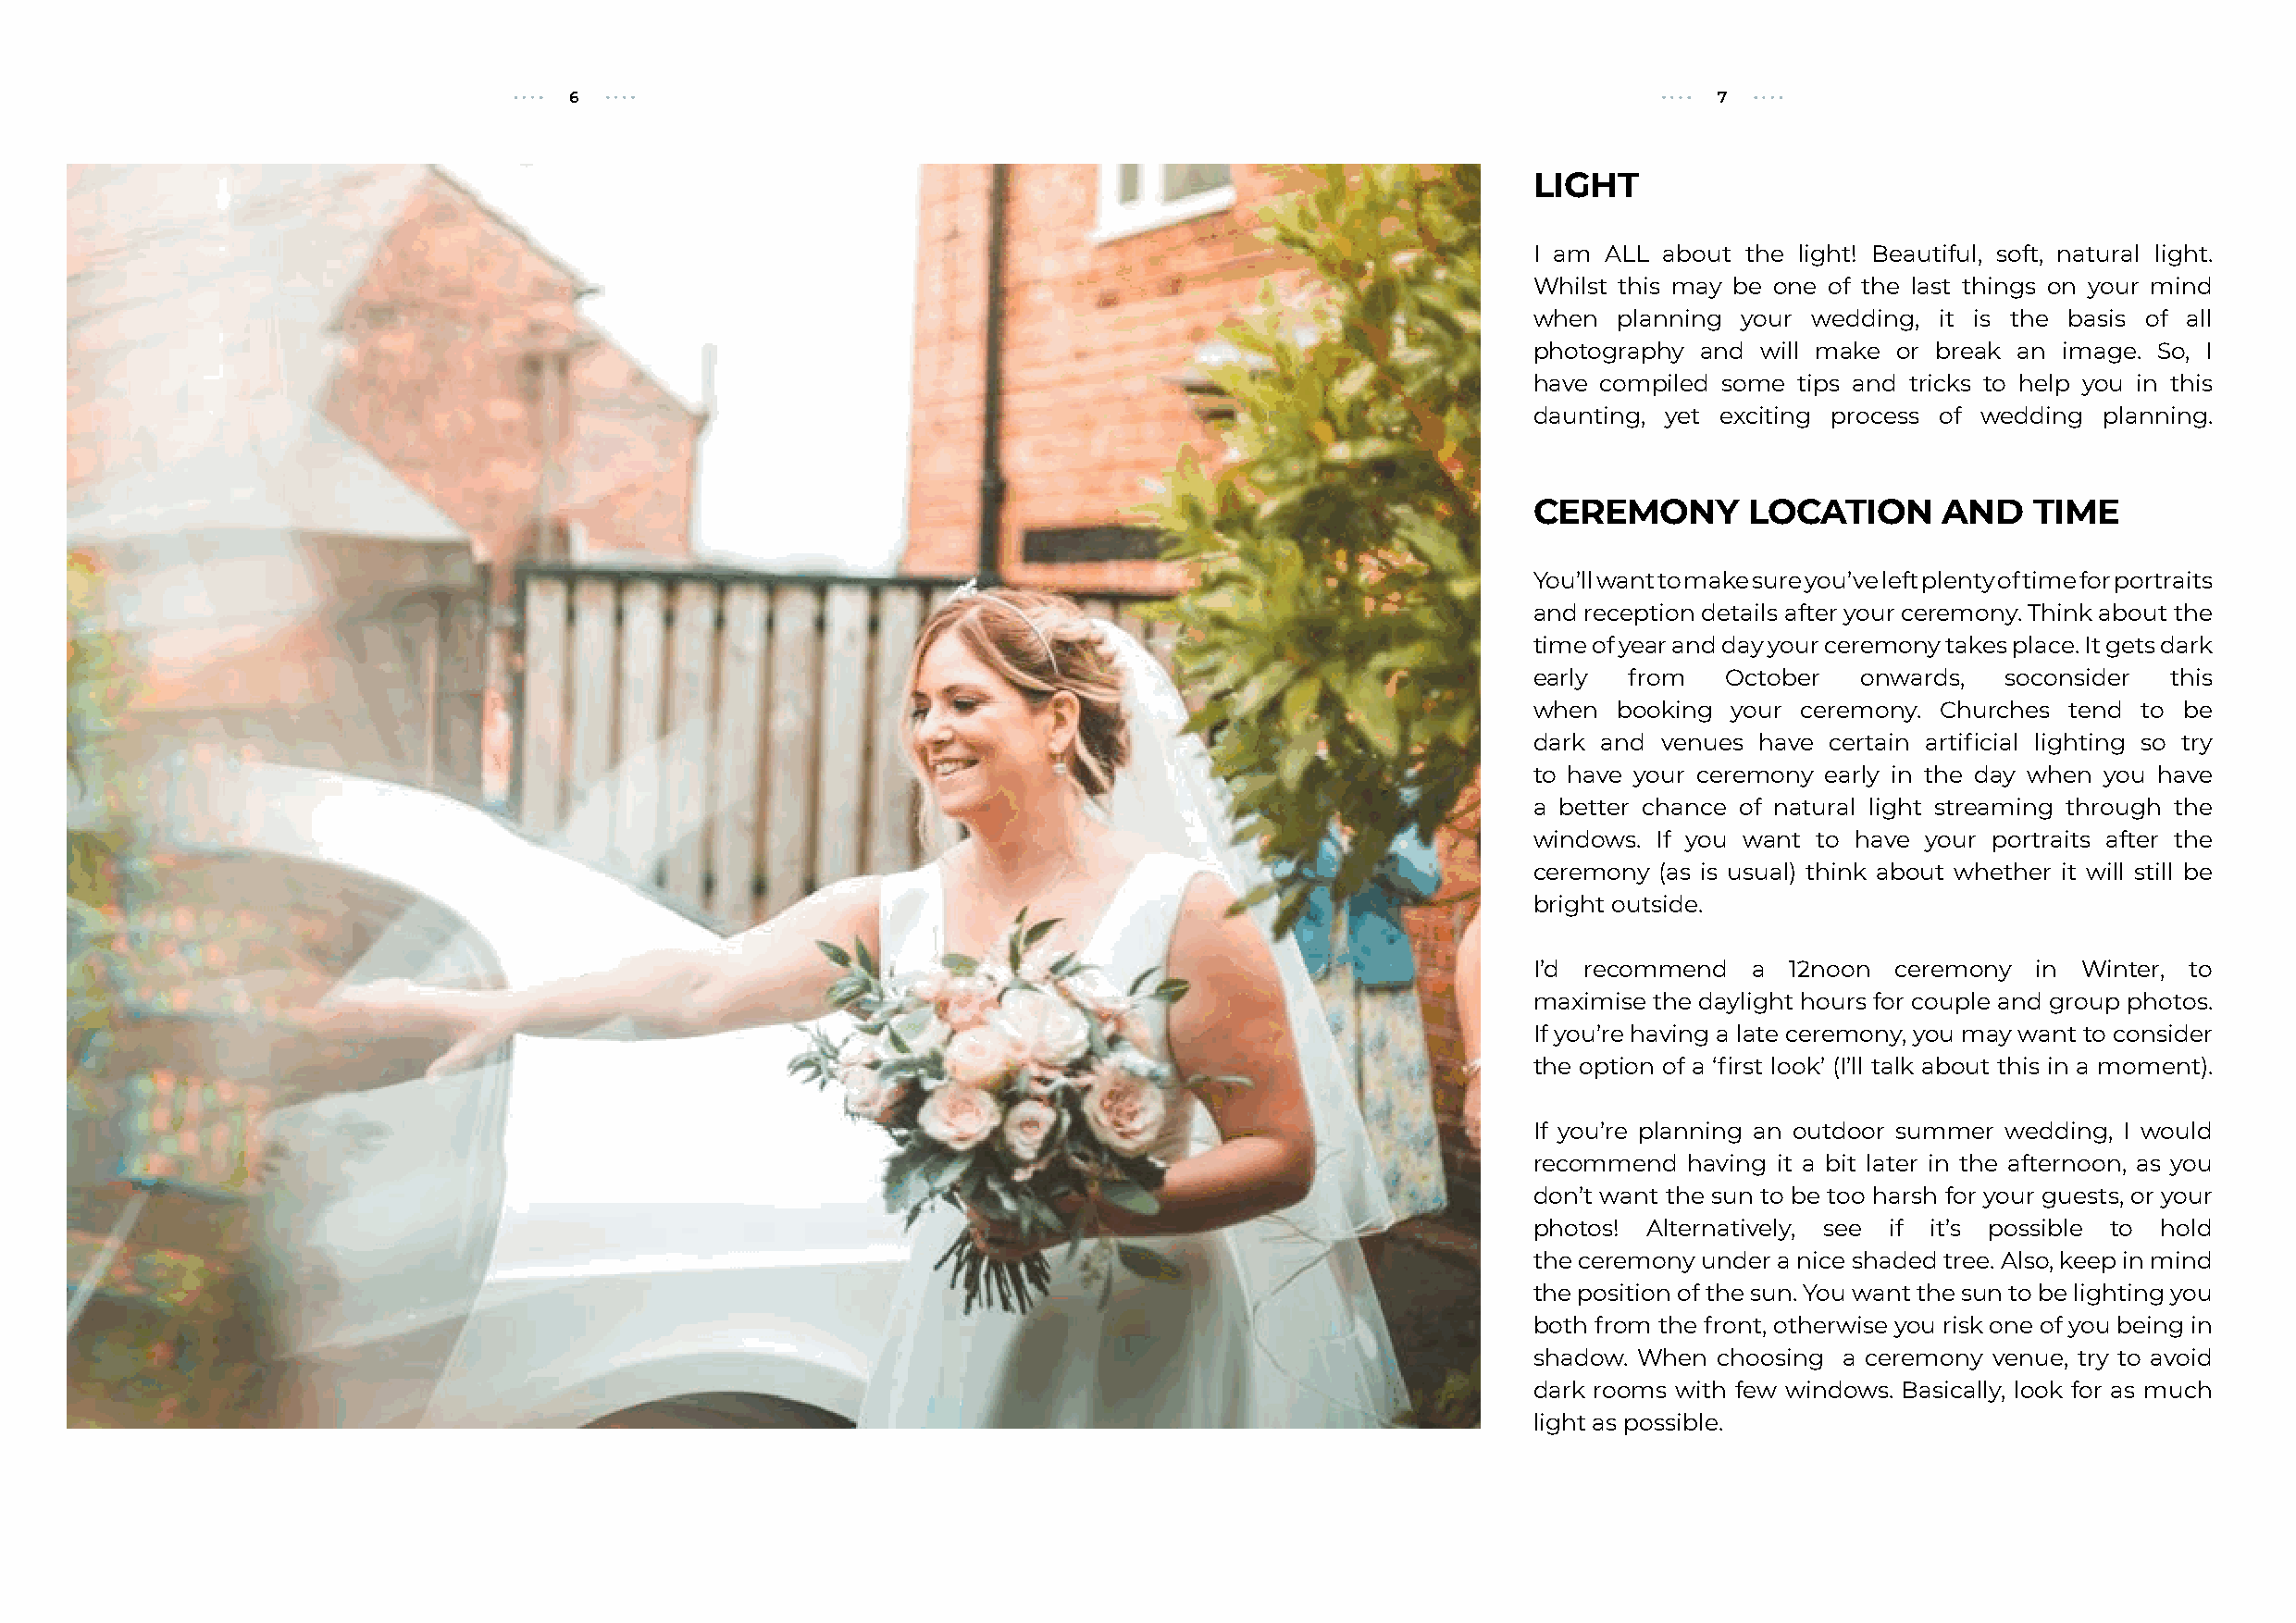
6                                                                                 7
 LIGHT
 I am ALL about the light! Beautiful, soft, natural light.
 Whilst this may be one of the last things on your mind
 when  planning your wedding, it is the basis of all
 photography and will make or break an image. So, I
 have compiled some tips and tricks to help you in this
 daunting, yet exciting process of wedding planning.
 CEREMONY       LOCATION      AND   TIME
 You’ll want to make sure you’ve left plenty of time for portraits
 and reception details after your ceremony. Think about the
 time of year and day your ceremony takes place. It gets dark
 early from   October   onwards,  soconsider  this
 when  booking your ceremony. Churches tend to be
 dark and venues have certain artificial lighting so try
 to have your ceremony early in the day when you have
 a better chance of natural light streaming through the
 windows. If you want to have your portraits after the
 ceremony (as is usual) think about whether it will still be
 bright outside.
 I’d recommend  a  12noon  ceremony  in Winter, to
 maximise the daylight hours for couple and group photos.
 If you’re having a late ceremony, you may want to consider
 the option of a ‘first look’ (I’ll talk about this in a moment).
 If you’re planning an outdoor summer wedding, I would
 recommend  having it a bit later in the afternoon, as you
 don’t want the sun to be too harsh for your guests, or your
 photos! Alternatively, see if it’s possible to hold
 the ceremony under a nice shaded tree. Also, keep in mind
 the position of the sun. You want the sun to be lighting you
 both from the front, otherwise you risk one of you being in
 shadow. When choosing a ceremony venue, try to avoid
 dark rooms with few windows. Basically, look for as much
 light as possible.